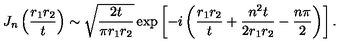
J _ { n } \left( \frac { r _ { 1 } r _ { 2 } } { t } \right) \sim \sqrt { \frac { 2 t } { \pi r _ { 1 } r _ { 2 } } } \exp \left[ - i \left( \frac { r _ { 1 } r _ { 2 } } { t } + \frac { n ^ { 2 } t } { 2 r _ { 1 } r _ { 2 } } - \frac { n \pi } { 2 } \right) \right] .